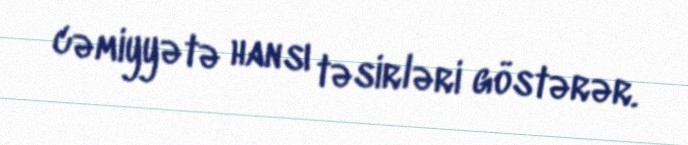
cəmiyyətə hansı təsirləri göstərər.